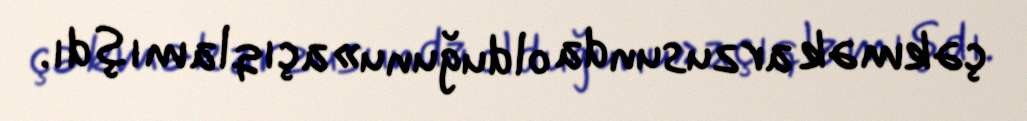
çəkmək arzusunda olduğunu» açıqlamışdı.